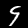
Digit: 9